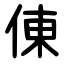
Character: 倲